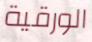
الورقية